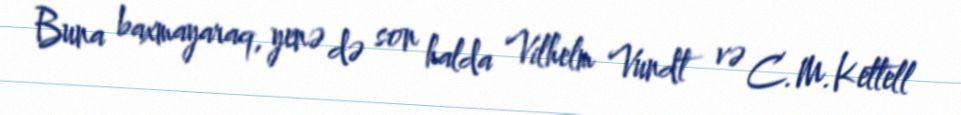
Buna baxmayaraq, yenə də son halda Vilhelm Vundt və C.M.Kettell